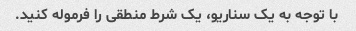
با توجه به یک سناریو، یک شرط منطقی را فرموله کنید.